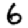
Digit: 6